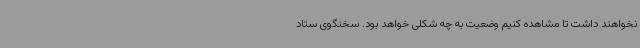
نخواهند داشت تا مشاهده کنیم وضعیت به چه شکلی خواهد بود. سخنگوی ستاد